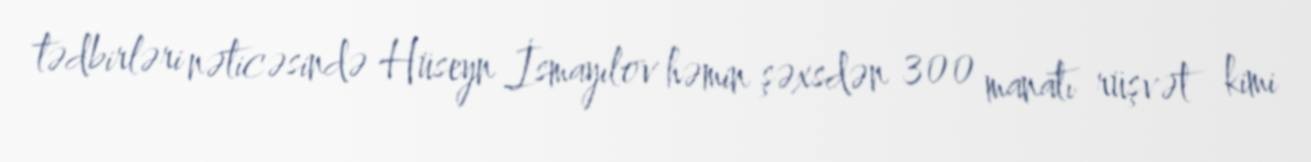
tədbirləri nəticəsində Hüseyn İsmayılov həmin şəxsdən 300 manatı rüşvət kimi